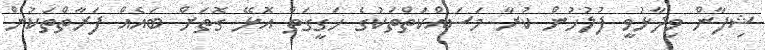
ޝިފާން ވިދާޅުވީ ފުލުހުން ކުރާ މަސައްކަތްތަކުގެ ހަގީގަތް އޮޅޭ ގޮތަށް ބައެއް ފަރާތްތަކުން